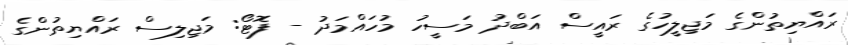
ރައްޔިތުންގެ މަޖިލީހުގެ ރައީސް އަބްދު މަސީހު މުހައްމަދު - ފޮޓޯ: މަޖިލިސް ރައްޔިތުންގެ